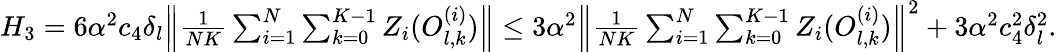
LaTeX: \begin{array}{r}{H_{3}=6\alpha^{2}c_{4}\delta_{l}\Big\lVert\frac{1}{NK}\sum_{i=1}^{N}\sum_{k=0}^{K-1}Z_{i}(O_{l,k}^{(i)})\Big\rVert\le 3\alpha^{2}\Big\lVert\frac{1}{NK}\sum_{i=1}^{N}\sum_{k=0}^{K-1}Z_{i}(O_{l,k}^{(i)})\Big\rVert^{2}+3\alpha^{2}c_{4}^{2}\delta_{l}^{2}.}\end{array}